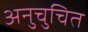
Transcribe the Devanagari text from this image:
अनुचुचित